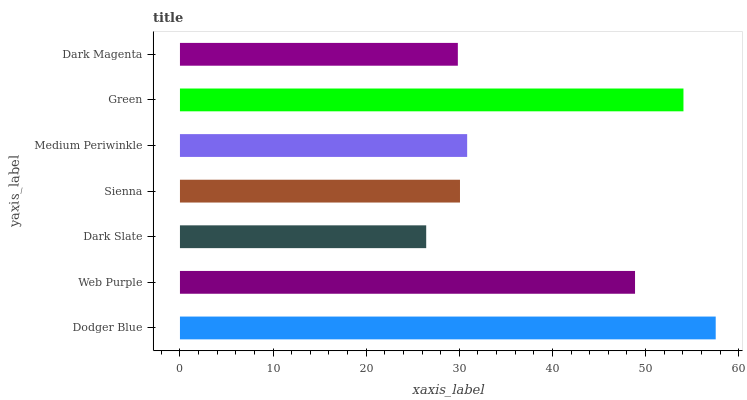
| yaxis_label | bars |
 | --- | --- |
 | Dodger Blue | 57.5 |
 | Web Purple | 48.9 |
 | Dark Slate | 26.4 |
 | Sienna | 30.1 |
 | Medium Periwinkle | 30.8 |
 | Green | 54.1 |
 | Dark Magenta | 29.8 |